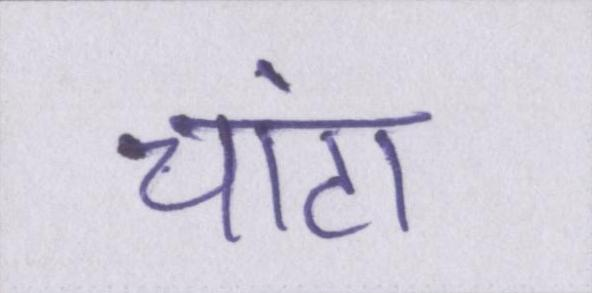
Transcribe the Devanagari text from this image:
चांटा